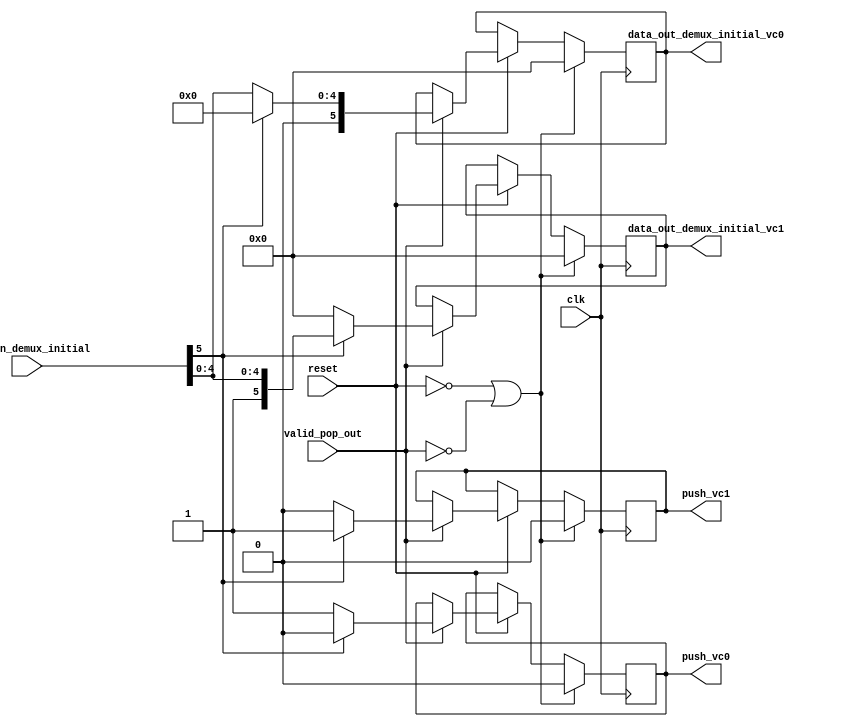
module demux_initial(input clk,
				    input [5:0] data_in_demux_initial,
				    input valid_pop_out,
				    input reset,
				    output reg [5:0] data_out_demux_initial_vc0,
				    output reg [5:0] data_out_demux_initial_vc1,
                    output reg push_vc0,
                    output reg push_vc1);

    always@(posedge clk)begin
        if (reset == 0 || valid_pop_out == 0) begin
            data_out_demux_initial_vc0  <= 0;
            data_out_demux_initial_vc1  <= 0;
            push_vc0                    <= 0;
            push_vc1                    <= 0;
        end
        else if (reset == 1)begin
            if (valid_pop_out == 1) begin
                if(data_in_demux_initial[5] == 0)begin
                    data_out_demux_initial_vc0  <= data_in_demux_initial;
                    data_out_demux_initial_vc1  <= 0;
                    push_vc0                    <= 1;
                    push_vc1                    <= 0;
                end
                else if(data_in_demux_initial[5] == 1) begin
                    data_out_demux_initial_vc1  <= data_in_demux_initial;
                    data_out_demux_initial_vc0  <= 0;
                    push_vc1                    <= 1;
                    push_vc0                    <= 0;
                end
            end
        end
    end

endmodule